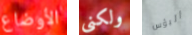
الأوضاع ولكنى البؤس